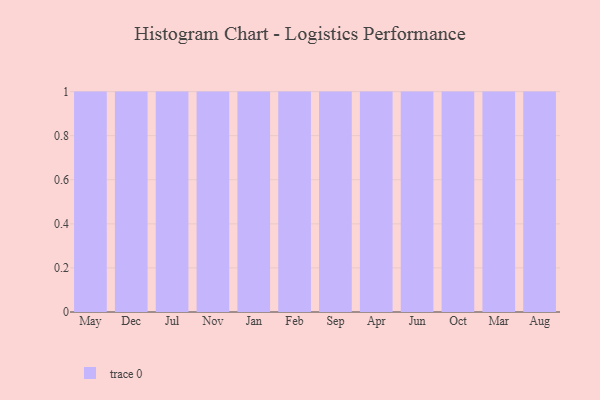
{"axis": {"x": "Month", "y": "Satisfaction Score"}, "legend": [""], "data": [{"x": "May", "y": 64, "type": ""}, {"x": "Dec", "y": 56, "type": ""}, {"x": "Jul", "y": 70, "type": ""}, {"x": "Nov", "y": 7, "type": ""}, {"x": "Jan", "y": 15, "type": ""}, {"x": "Feb", "y": 88, "type": ""}, {"x": "Sep", "y": 11, "type": ""}, {"x": "Apr", "y": 7, "type": ""}, {"x": "Jun", "y": 17, "type": ""}, {"x": "Oct", "y": 90, "type": ""}, {"x": "Mar", "y": 84, "type": ""}, {"x": "Aug", "y": 77, "type": ""}]}